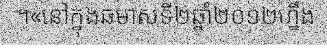
។«នៅក្នុងឆមាសទី២ឆ្នាំ២០១២ហ្នឹង